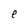
Character: e